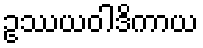
ဥဿယဝါဒိကာယ